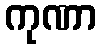
ကုဏာ